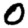
Digit: 0